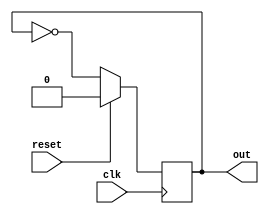
module my_module (
    input wire clk,
    input wire reset,
    output reg out
);

always @(negedge clk) begin
    if (reset) begin
        out <= 1'b0; // reset output to 0
    end else begin
        // perform synchronous logic here
        out <= ~out; // toggle output at falling edge of clock
    end
end

endmodule